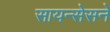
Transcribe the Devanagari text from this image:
सायन्सेसने